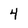
Character: 4